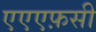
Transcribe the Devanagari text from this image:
एएएफ़सी